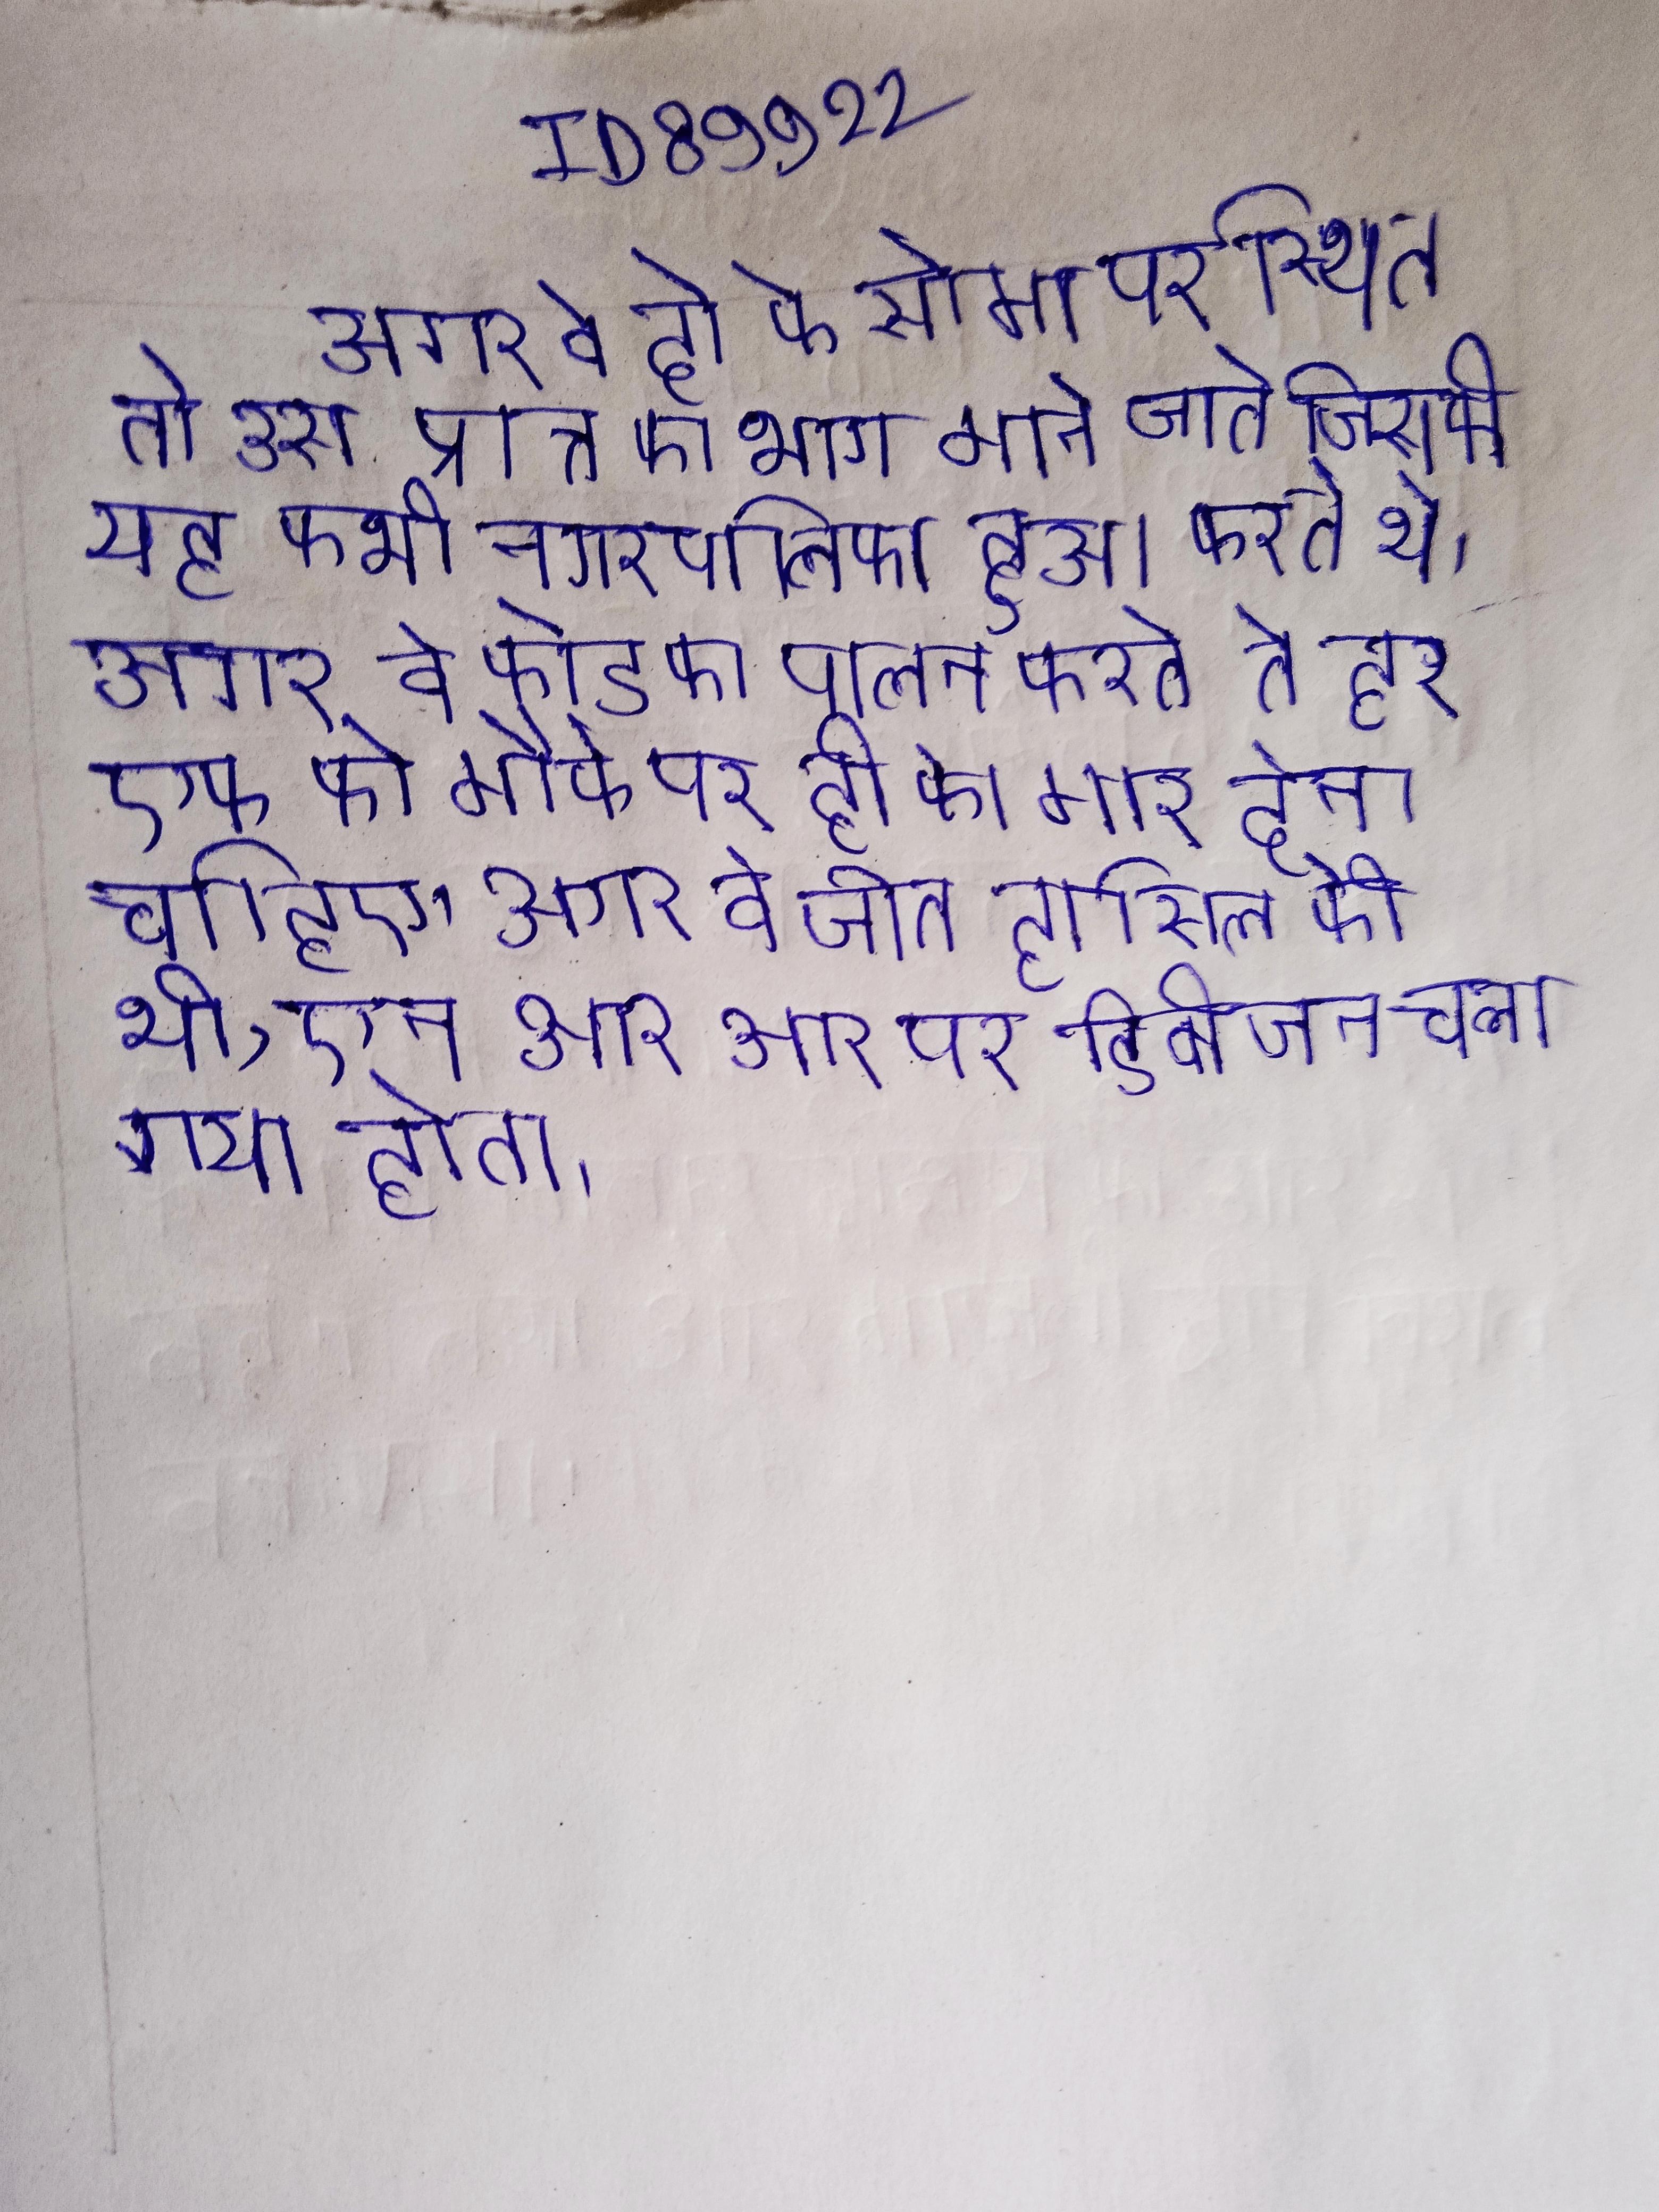
अगर वे दो की सीमा पर स्थित तो उस प्रान्त का भाग माने जाते जिसकी यह कभी नगरपालिका हुआ करते थे । अगर वे कोड का पालन करते तो हर एक को मौके पर ही को मार देना चाहिए । अगर वे जीत हासिल की थी, एन आर आर पर डिवीजन चला गया होता ।